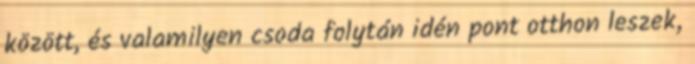
között, és valamilyen csoda folytán idén pont otthon leszek,